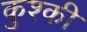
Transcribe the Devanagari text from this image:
कुश्की